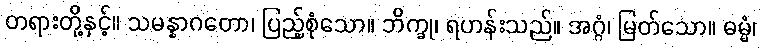
တရားတို့နှင့်။ သမန္နာဂတော၊ ပြည့်စုံသော။ ဘိက္ခု၊ ရဟန်းသည်။ အဂ္ဂံ၊ မြတ်သော။ ဓမ္မံ၊